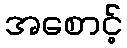
အစောင့်